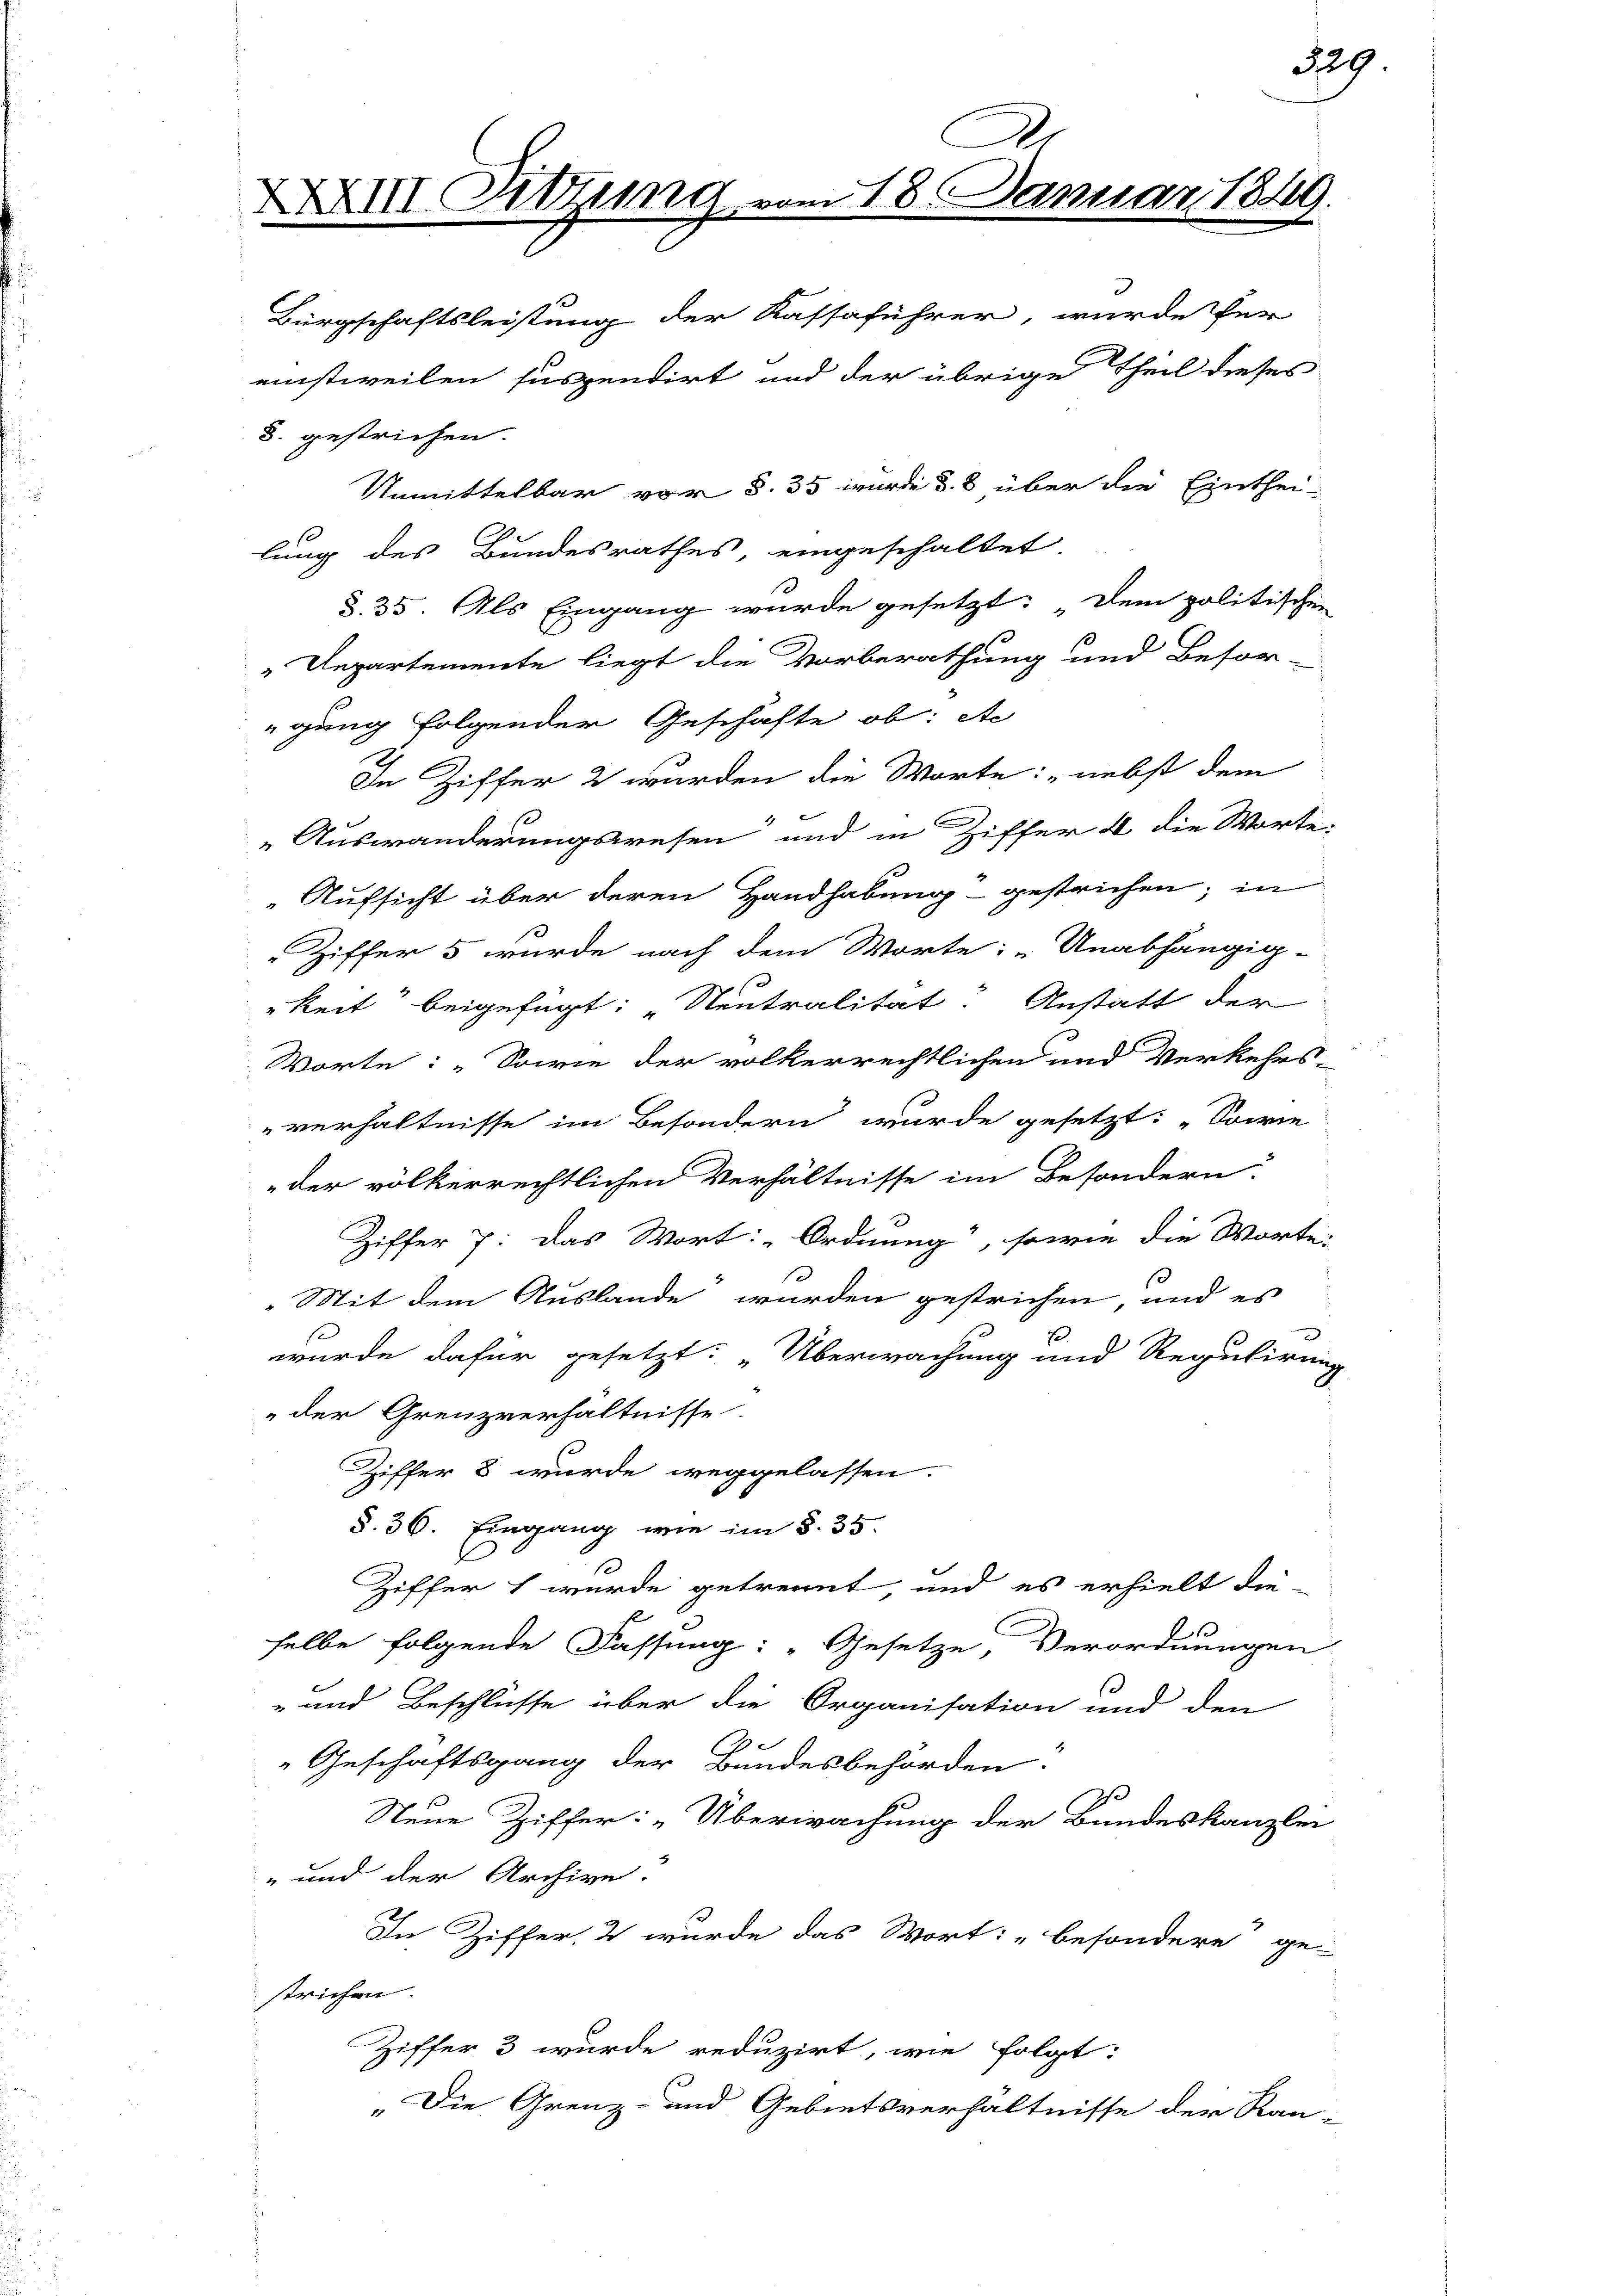
XXXIII. Sitzung vom 18. Januar 1849.

Bürgschaftsleistung der Kassaführer, wurde für
3. gestrichen.
Unmittelbar vor §. 35 wurde d. 8 über die Einthei-
1
lung des Bundesrathes, eingeschaltet
§. 35. Als Eingang wurde gesetzt: Dem politischen
"Departemente liegt die Vorberathung und Beför-
gung folgender Geschäfte ob: Ac
In Ziffer 2 wurden die Worte: nebst dem
Auswanderungswesen und in Ziffer 4 die Worte:
Aufsicht über deren Handhabung gestrichen; in
Ziffer 5 wurde nach dem Worte: „Unabhängig-
keit beigefügt: „Neutralität. Anstatt der
Worte: „Sowie der volkerrechtlichen und Verkehrs-
verhältnisse im Besondern wurde gesetzt: „Sowie
der völkerrechtlichen Verhältnisse im Besondern:
Ziffer 7: das Wort: „Ordnung, sowie die Worte
Mit dem Auslande wurden gestrichen und es
s
wurde dafür gesetzt: „Überwachung und Regulirung
der Grenzverhältnisse.
Ziffer 8 wurde weggelassen.
§. 36. Eingang wie im §. 35.
Ziffert wurde getrennt und es erhielt die-
selbe folgende Fassung: „Gesetze, Verordnungen
- und Beschlüsse über die Organisation und den
Geschäftsgang der Bundesbehörden.
e
Steue Ziffer: „Überwachung der Bundeskanzlei
" und der Archive:
In Ziffer 2 wurde das Wort: „besondere ge-
strichen.
Ziffer 3 wurde reduzirt, wie folgt:
„Die Grenz- und Gebietsverhältnisse der Kan-

einstweilen suspendirt und der übrige Theil dieses

529.